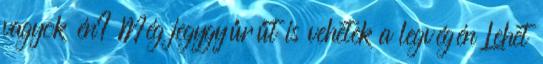
vagyok én? Még jegygyűrűt is vehetek a legvégén Lehet